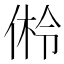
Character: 𪝎